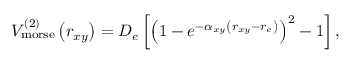
V _ { \mathrm { m o r s e } } ^ { ( 2 ) } \left( r _ { x y } \right) = D _ { e } \left[ \left( 1 - e ^ { - \alpha _ { x y } \left( r _ { x y } - r _ { e } \right) } \right) ^ { 2 } - 1 \right] ,